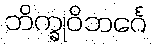
ဘိက္ခုဝိဘင်္ဂေ